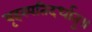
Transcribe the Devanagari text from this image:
बृहस्पतिदर्धातु॥